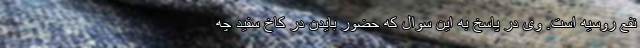
نفع روسیه است. وی در پاسخ به این سوال که حضور بایدن در کاخ سفید چه